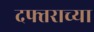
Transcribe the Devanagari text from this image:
दफ्तराच्या